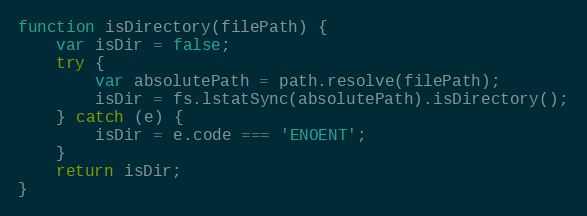
Language: JavaScript
function isDirectory(filePath) {
	var isDir = false;
	try {
		var absolutePath = path.resolve(filePath);
		isDir = fs.lstatSync(absolutePath).isDirectory();
	} catch (e) {
		isDir = e.code === 'ENOENT';
	}
	return isDir;
}